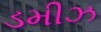
ડમીઝ